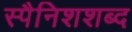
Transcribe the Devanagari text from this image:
स्पैनिशशब्द